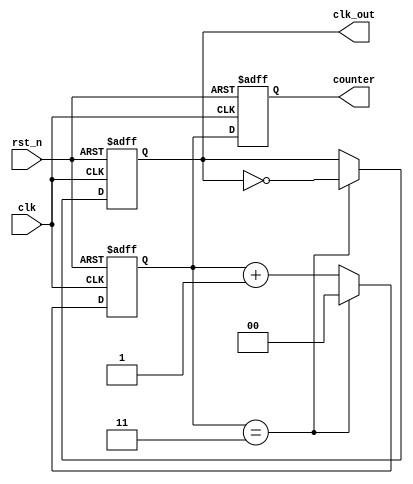
module frequency_divider #(
    parameter N = 4  // Division factor
)(
    input wire clk,      // Clock input
    input wire rst_n,    // Active-low reset
    output reg clk_out,   // Divided clock output
    output reg [$clog2(N)-1:0] counter // Current count value (optional)
);

    // Internal counter
    reg [$clog2(N)-1:0] count; // Counter to keep track of clock cycles

    // Always block for synchronous logic
    always @(posedge clk or negedge rst_n) begin
        if (!rst_n) begin
            count <= 0;       // Reset counter
            clk_out <= 0;     // Reset output clock
        end else begin
            if (count == N - 1) begin
                count <= 0;   // Reset counter
                clk_out <= ~clk_out; // Toggle output clock
            end else begin
                count <= count + 1; // Increment counter
            end
        end
    end

    // Optional: Output the current counter value
    always @(posedge clk or negedge rst_n) begin
        if (!rst_n) begin
            counter <= 0; // Reset counter value output
        end else begin
            counter <= count; // Update counter value
        end
    end

endmodule